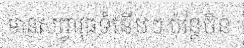
មានសព្វាវុធទំនើបៗ ប៉ុន្តែចិន